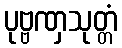
ပုဗ္ဗဏှသုတ္တံ